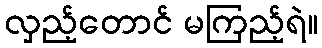
လှည့်တောင် မကြည့်ရဲ။